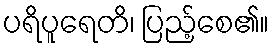
ပရိပူရေတိ၊ ပြည့်စေ၏။